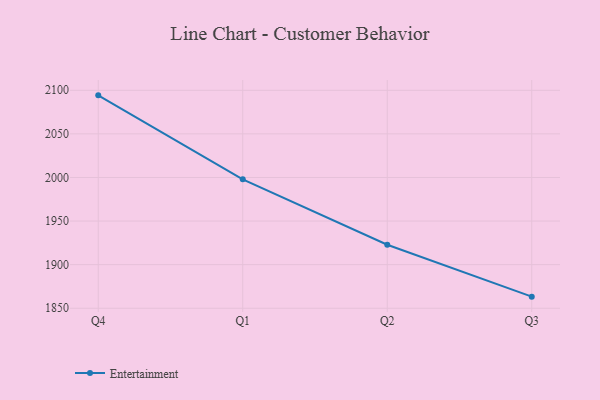
{"axis": {"x": "Quarter", "y": "Latency (ms)"}, "legend": ["Entertainment"], "data": [{"x": "Q4", "y": 2094.2, "type": "Entertainment"}, {"x": "Q1", "y": 1997.9, "type": "Entertainment"}, {"x": "Q2", "y": 1922.8, "type": "Entertainment"}, {"x": "Q3", "y": 1863.3, "type": "Entertainment"}]}